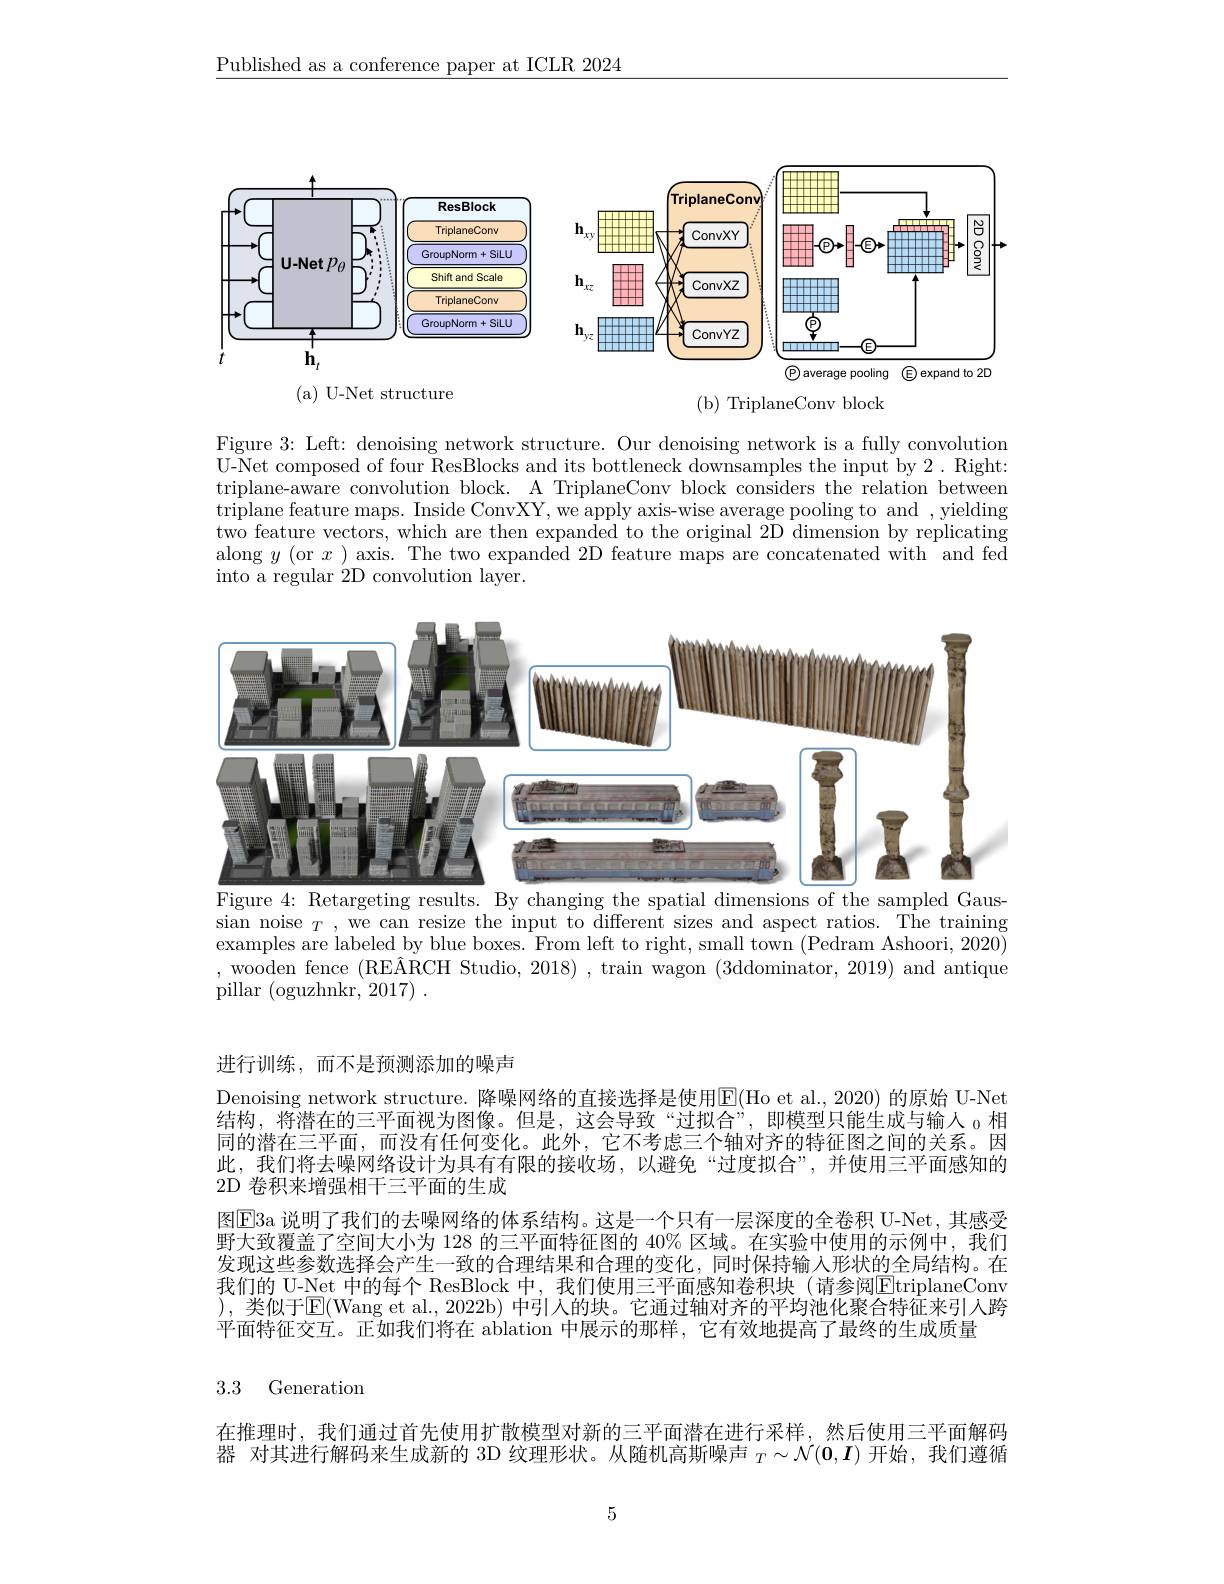
$\underline{\text{Published as a conference paper at ICLR 2024}}$

<FigureHere>

<FigureHere>

Figure 3: Left: denoising network structure. Our denoising network is a fully convolution U-Net composed of four ResBlocks and its bottleneck downsamples the input by 2. Right: triplane-aware convolution block. A TriplaneConv block considers the relation between triplane feature maps. Inside ConvXY, we apply axis-wise average pooling to and , yielding two feature vectors, which are then expanded to the original 2D dimension by replicating along $y$ (or $x$ ) axis. The two expanded 2D feature maps are concatenated with and fed into a regular 2D convolution layer.

<FigureHere>
Figure 4: Retargeting results. By changing the spatial dimensions of the sampled Gaus-

sian noise $_T$, we can resize the input to different sizes and aspect ratios. The training examples are labeled by blue boxes. From left to right, small town (Pedram Ashoori, 2020) , wooden fence $( \text{RE\^ {A}RCHStudio, 2018) }$, train wagon (3ddominator, 2019) and antique pillar (oguzhnkr, 2017)~.

进行训练，而不是预测添加的噪声

Denoising network structure. 降噪网络的直接选择是使用$\overline{\mathrm{E}}($Ho et al., 2020) 的原始 U-Net 结构，将潜在的三平面视为图像。但是，这会导致“过拟合”,即模型只能生成与输入 $_{0}$相同的潜在三平面，而没有任何变化。此外，它不考虑三个轴对齐的特征图之间的关系。因此，我们将去噪网络设计为具有有限的接收场，以避免“过度拟合”,并使用三平面感知的2D 卷积来增强相干三平面的生成
图$\overline{\mathrm{E}}$3a 说明了我们的去噪网络的体系结构。这是一个只有一层深度的全卷积 U-Net, 其感受野大致覆盖了空间大小为 128 的三平面特征图的 40% 区域。在实验中使用的示例中，我们发现这些参数选择会产生一致的合理结果和合理的变化，同时保持输入形状的全局结构。在我们的 U-Net 中的每个 ResBlock 中，我们使用三平面感知卷积块(请参阅$\boxed{\mathrm{E}}$triplaneConv ),类似于E(Wang et al., 2022b) 中引入的块。它通过轴对齐的平均池化聚合特征来引人跨平面特征交互。正如我们将在 ablation 中展示的那样，它有效地提高了最终的生成质量

3.3 Generation

在推理时，我们通过首先使用扩散模型对新的三平面潜在进行采样，然后使用三平面解码器 对其进行解码来生成新的 3D 纹理形状。从随机高斯噪声$_T\sim\mathcal{N}(\mathbf{0},\boldsymbol{I})$开始，我们遵循

5